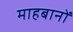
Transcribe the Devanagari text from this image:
माहबानों